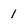
Character: 1